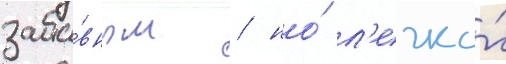
заба́вным / но́ л'егко́